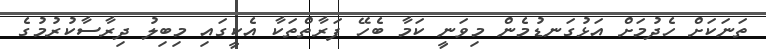
ތަނަކަށް ހެދުމަށް އަޅުގަނޑުމެން މިވަނީ ކަމާ ބެހޭ ފަރާތްތަކާ އެކީގައި މިބިލު ދިރާސާކުރުމުގެ